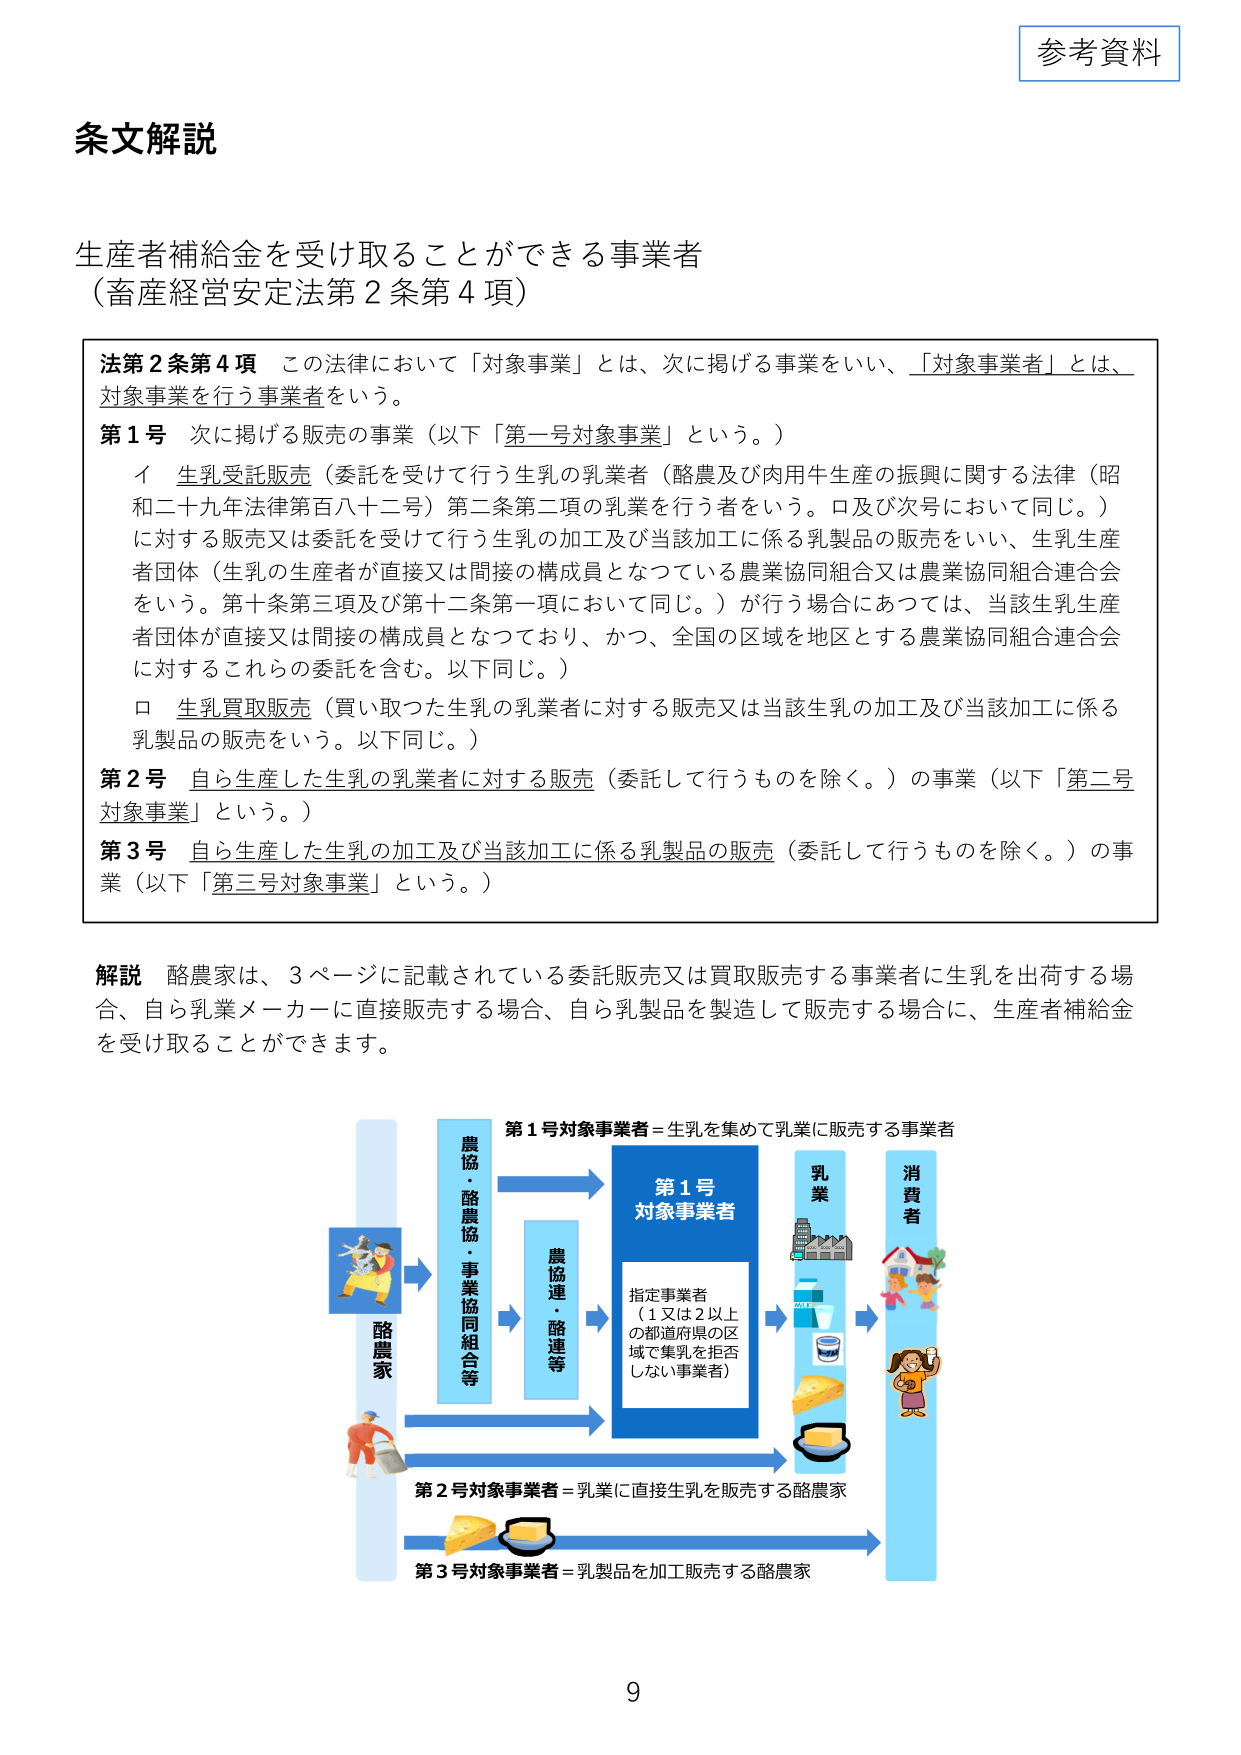
参考資料

条文解説

生産者補給金を受け取ることができる事業者
（畜産経営安定法第2条第4項）

法第2条第4項　この法律において「対象事業」とは、次に掲げる事業をいい、「対象事業者」とは、
対象事業を行う事業者をいう。

第1号　次に掲げる販売の事業（以下「第一号対象事業」という。）
　　イ　生乳受託販売（委託を受けて行う生乳の乳業者（酪農及び肉用牛生産の振興に関する法律（昭
　　　和二十九年法律第百八十二号）第二条第二項の乳業を行う者をいう。ロ及び次号において同じ。）
　　　に対する販売又は委託を受けて行う生乳の加工及び当該加工に係る乳製品の販売をいい、生乳生産
　　　者団体（生乳の生産者が直接又は間接の構成員となっている農業協同組合又は農業協同組合連合会
　　　をいう。第十条第三項及び第十二条第一項において同じ。）が行う場合にあつては、当該生乳生産
　　　者団体が直接又は間接の構成員となっており、かつ、全国の区域を地区とする農業協同組合連合会
　　　に対するこれからの委託を含む。以下同じ。）
　　ロ　生乳買取販売（買い取った生乳の乳業者に対する販売又は当該生乳の加工及び当該加工に係る
　　　乳製品の販売をいう。以下同じ。）

第2号　自ら生産した生乳の乳業者に対する販売（委託して行うものを除く。）の事業（以下「第二号
対象事業」という。）

第3号　自ら生産した生乳の加工及び当該加工に係る乳製品の販売（委託して行うものを除く。）の事
業（以下「第三号対象事業」という。）

解説　酪農家は、3ページに記載されている委託販売又は買取販売する事業者に生乳を出荷する場
合、自ら乳業メーカーに直接販売する場合、自ら乳製品を製造して販売する場合に、生産者補給金
を受け取ることができます。

第1号対象事業者＝生乳を集めて乳業に販売する事業者

酪農家

農協・酪農協・事業協同組合等

農協連・酪連等

第1号
対象事業者

指定事業者
（1又は2以上
の都道府県の区
域で集乳を拒否
しない事業者）

乳業

消費者

第2号対象事業者＝乳業に直接生乳を販売する酪農家

第3号対象事業者＝乳製品を加工販売する酪農家

9